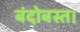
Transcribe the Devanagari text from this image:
बंदोबस्त।